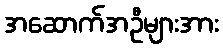
အဆောက်အဦများအား